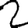
Digit: 2